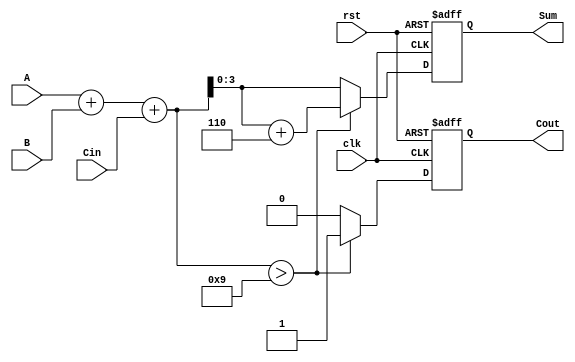
module BCD_Sequential_Adder (
    input wire [3:0] A,      // BCD input A
    input wire [3:0] B,      // BCD input B
    input wire Cin,          // Carry input
    input wire clk,          // Clock signal
    input wire rst,          // Reset signal
    output reg [3:0] Sum,    // BCD output Sum
    output reg Cout          // Carry output
);

    reg [4:0] binary_sum;    // 5-bit to accommodate carry

    always @(posedge clk or posedge rst) begin
        if (rst) begin
            Sum <= 4'b0000;   // Reset Sum to 0
            Cout <= 1'b0;     // Reset Cout to 0
        end else begin
            // Step 1: Perform binary addition
            binary_sum = A + B + Cin;

            // Step 2: Check for BCD correction
            if (binary_sum > 5'd9) begin
                // Apply BCD correction by adding 6
                binary_sum = binary_sum + 5'd6;
                Cout <= 1'b1;   // Set carry output
            end else begin
                Cout <= 1'b0;   // No carry
            end

            // Step 3: Assign the lower 4 bits to Sum
            Sum <= binary_sum[3:0];
        end
    end

endmodule